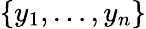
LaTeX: \{ y_{1},\dots,y_{n}\}